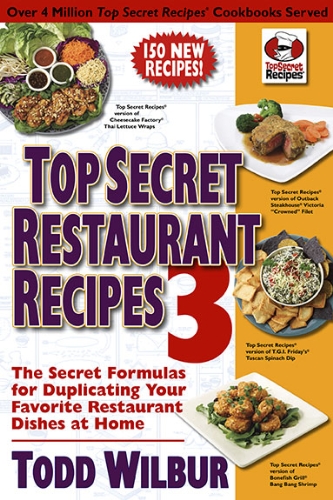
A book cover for Top Secret Restaurant Recipes 3: The Secret Formulas for Duplicating Your Favorite Restaurant Dishes at Home (Top Secret Recipes); Todd Wilbur; Cookbooks, Food & Wine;